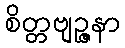
စိတ္တဗျဉ္ဇနာ